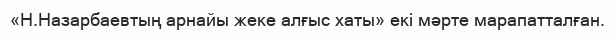
«Н.Назарбаевтың арнайы жеке алғыс хаты» екі мәрте марапатталған.